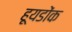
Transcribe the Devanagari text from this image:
हूयडोंक